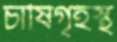
চাষিগৃহস্থ